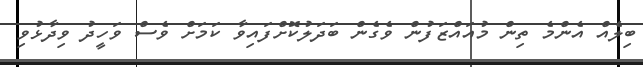
ބިލެއް އެންމެ ތިން މުއައްޒަފުން ވެގެން ބަދަލުކޮށްފައިވާ ކަމަށް ވެސް ވަހީދު ވިދާޅުވި